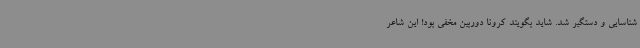
شناسایی و دستگیر شد. شاید بگویند کرونا دوربین مخفی بود! این‌ شاعر